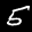
Label: 5